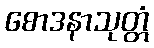
စောဒနာသုတ္တံ